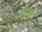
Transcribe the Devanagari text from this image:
द्ज्ज